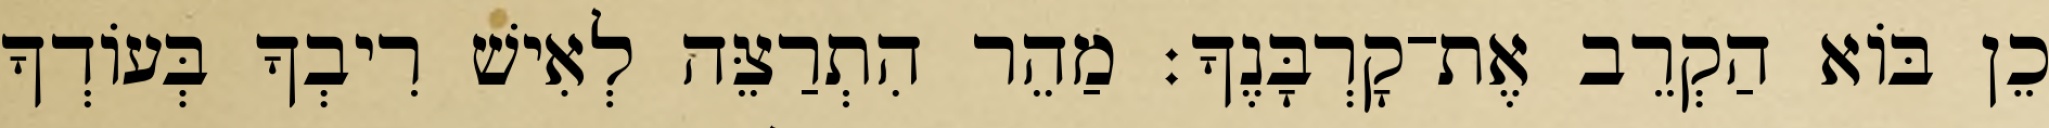
כֵן בּוֹא הַקְרֵב אֶת־קָרְבָּנֶךָ׃ מַהֵר הִתְרַצֵּה לְאִישׁ רִיבְךָ בְּעוֹדְךָ